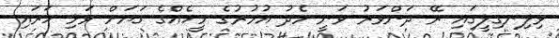
ވިލިނގިލީގައި ރޭ ދަންވަރު ވަނީ މެދު އުމުރުގެ މީހެއްގެ ގަޔަށް ވަޅި ހަރައި